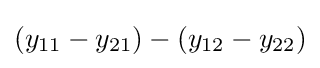
(y_{11}-y_{21})-(y_{12}-y_{22})